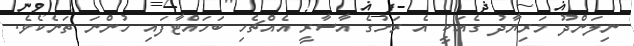
ނިލަންދޫ މަރިޔާދު ގެއަކީ އެ ރަށުގެ އާސާރީ އެއްޗެހި ބަހައްޓާފައި ހުންނަ ތަނެކެވެ.